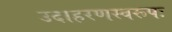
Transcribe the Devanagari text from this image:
उदाहरणस्वरूपः